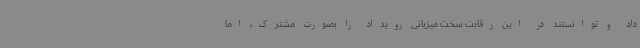
داد و توانستند در این رقابت سخت میزبانی رویداد را بصورت مشترک، اما